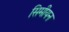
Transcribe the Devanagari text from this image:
सिमीयन